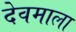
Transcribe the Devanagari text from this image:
देवमाला